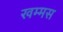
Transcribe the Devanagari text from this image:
खम्मस